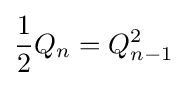
{\frac {1}{2}}Q_{n}=Q_{n-1}^{2}